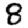
Digit: 8